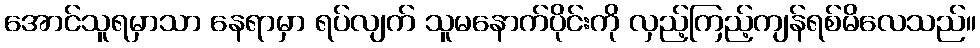
အောင်သူရမှာသာ နေရာမှာ ရပ်လျက် သူမနောက်ပိုင်းကို လှည့်ကြည့်ကျန်ရစ်မိလေသည်။